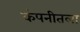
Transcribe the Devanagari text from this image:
कंपनीतला